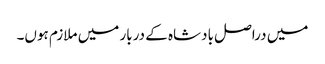
میں دراصل بادشاہ کے دربار میں ملازم ہوں۔